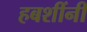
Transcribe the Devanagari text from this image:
हबशींनी